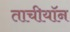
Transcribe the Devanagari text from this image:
ताचीयॉन